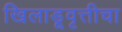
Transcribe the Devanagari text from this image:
खिलाडूवृत्तीचा